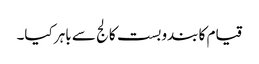
قیام کا بندوبست کالج سے باہر کیا۔